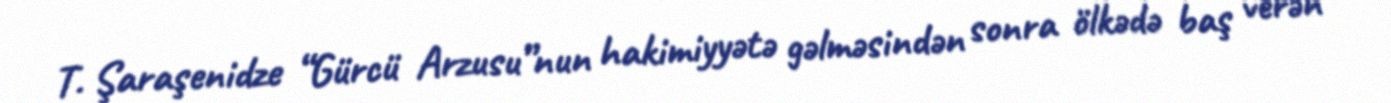
T. Şaraşenidze “Gürcü Arzusu”nun hakimiyyətə gəlməsindən sonra ölkədə baş verən